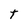
Character: t